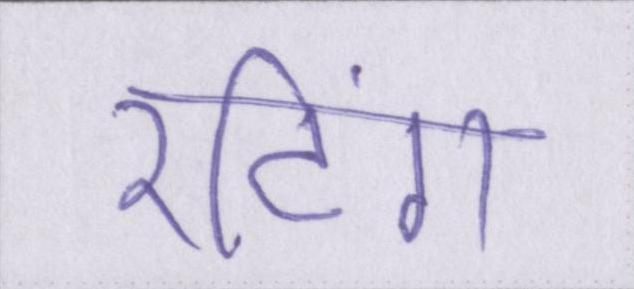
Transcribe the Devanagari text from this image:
रटिंग